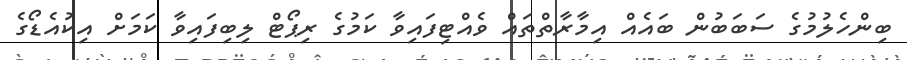
ބިންހެލުމުގެ ސަބަބުން ބައެއް އިމާރާތްތައް ވެއްޓިފައިވާ ކަމުގެ ރިޕޯޓް ލިބިފައިވާ ކަމަށް އިކުއެޑޯގެ